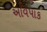
અવિપાક